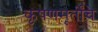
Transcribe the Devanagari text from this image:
कृषणमूर्तींचे